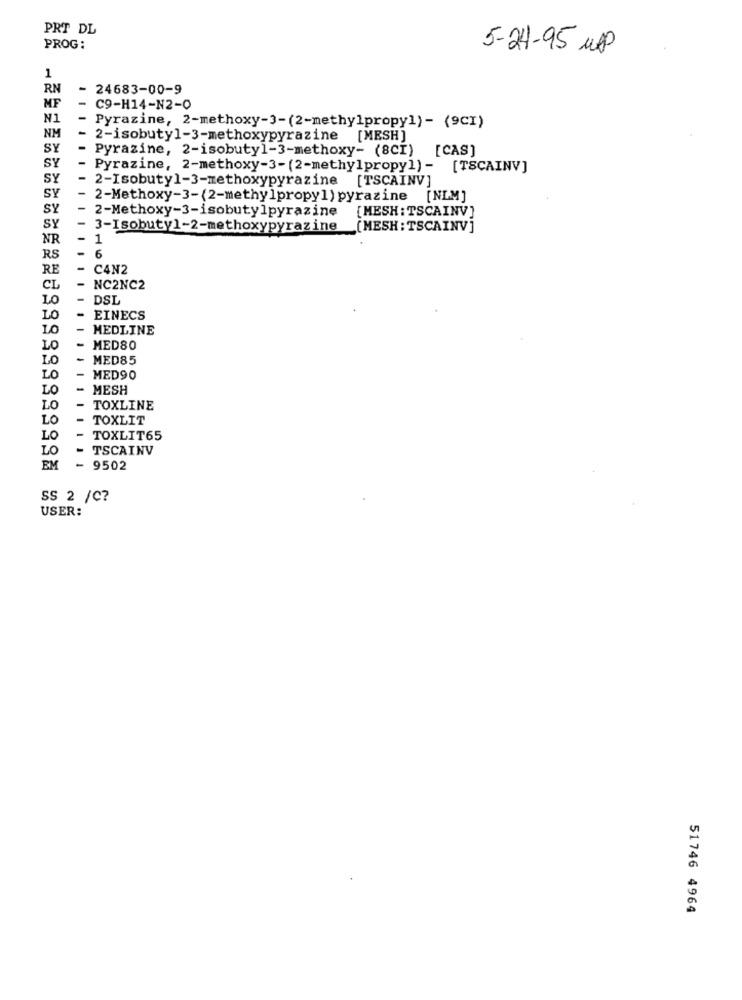
PRT DL
PROG:
5-24-95 UPP
1
RN
24683-00-9
MF
C9-H14-N2-0
N1
Pyrazine, 2-methoxy-3-(2-methylpropyl) - (9CI)
NM
2-isobutyl-3-methoxypyrazine [MESH]
SY
Pyrazine, 2-isobutyl-3-methoxy- (8CI) [CAS]
SY
Pyrazine, 2-methoxy-3-(2-methylpropyl) - [TSCAINV]
SY
2-Isobutyl-3-methoxypyrazine [TSCAINV]
SY
2-Methoxy-3-(2-methylpropyl) pyrazine
[NLM]
SY
2-Methoxy-3-isobutylpyrazine [MESH: TSCAINV]
SY
3-Isobutyl-2-methoxypyrazine
(MESH : TSCAINV ]
NR
- 1
RS
6
RE
C4N2
CL
NC2NC2
LO
DSL
LO
EINECS
10
MEDLINE
LO
MED80
LO
MED85
LO
MED90
LO
MESH
LO
TOXLINE
LO
TOXLIT
LO
TOXLIT65
LO
- TSCAINV
EM
- 9502
SS 2 /C?
USER:
51746 4964